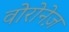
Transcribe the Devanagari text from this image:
वोरोनेज़